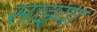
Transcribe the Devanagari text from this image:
साइया